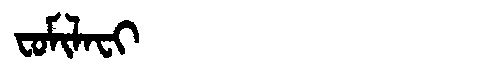
Manchu: ᠸᠣᠮᡳᠯᠠᠸᡳ
Romanization: FOMILAFI